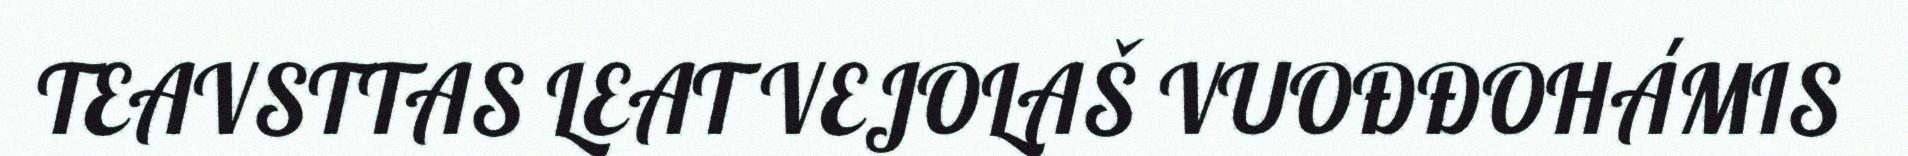
TEAVSTTAS LEAT VEJOLAŠ VUOĐĐOHÁMIS